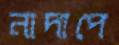
নাদাপে